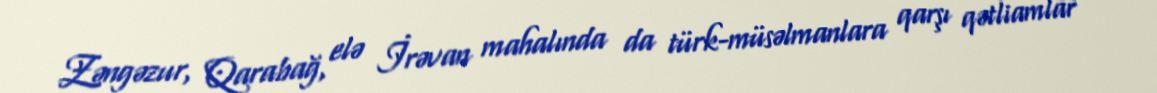
Zəngəzur, Qarabağ, elə İrəvan mahalında da türk-müsəlmanlara qarşı qətliamlar